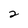
Character: 2